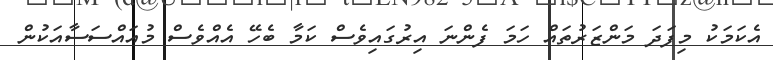
އެކަމަކު މިފަދަ މަންޒަރުތައް ހަމަ ފެންނަ އިރުގައިވެސް ކަމާ ބެހޭ އެއްވެސް މުއައްސަސާއަކުން